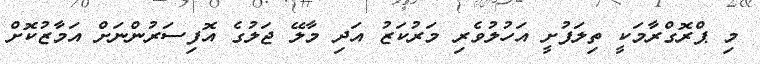
މި ޕްރޮގްރާމަކީ ތިލަފުށީ އަހުލުވެރި މަރުކަޒު އަދި މާލޭ ޖަލުގެ އޮފިސަރުންނަށް އަމާޒުކޮށް